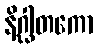
နိဂ္ဃါတကော